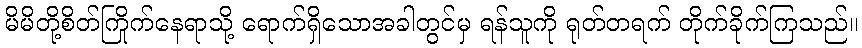
မိမိတို့စိတ်ကြိုက်နေရာသို့ ရောက်ရှိသောအခါတွင်မှ ရန်သူကို ရုတ်တရက် တိုက်ခိုက်ကြသည်။